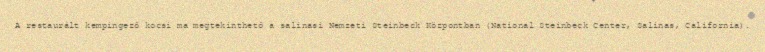
A restaurált kempingező kocsi ma megtekinthető a salinasi Nemzeti Steinbeck Központban (National Steinbeck Center, Salinas, California).